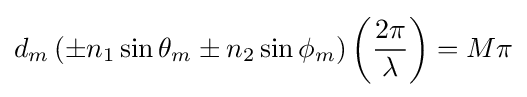
d_{m}\left(\pm n_{1}\sin {\theta _{m}}\pm n_{2}\sin {\phi _{m}}\right)\left({\frac {2\pi }{\lambda }}\right)=M\pi